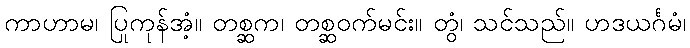
ကာဟာမ၊ ပြုကုန်အံ့။ တစ္ဆက၊ တစ္ဆဝက်မင်း။ တွံ၊ သင်သည်။ ဟဒယင်္ဂမံ၊